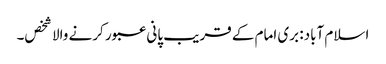
اسلام آباد: بری امام کے قریب پانی عبور کرنے والا شخص۔